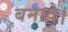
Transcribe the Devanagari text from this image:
बनावे।